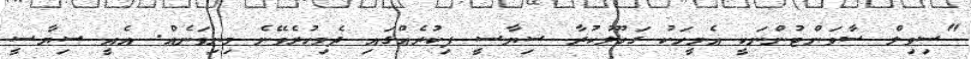
"ސިވިލް ސާވަންޓުންނަކީ އެމީހަކު ގަބޫލުކުރާ ސިޔާސީ ފިކުރެއްގައި ދެމިހުރެވޭނެ މިނިވަނެއް. އެއީ ސިޔާސީ